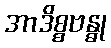
အာဒိစ္စဗန္ဓု